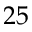
2 5